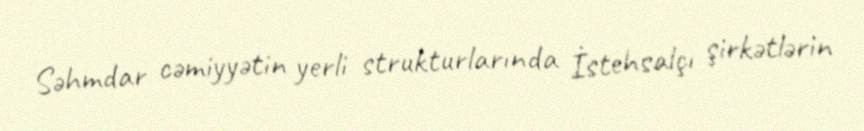
Səhmdar cəmiyyətin yerli strukturlarında İstehsalçı şirkətlərin